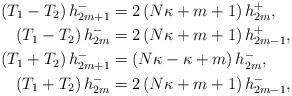
LaTeX: \begin{align*}\left( T_{1}-T_{2}\right) h_{2m+1}^{-} & =2\left( N\kappa+m+1\right)h_{2m}^{+},\\\left( T_{1}-T_{2}\right) h_{2m}^{-} & =2\left( N\kappa+m+1\right)h_{2m-1}^{+},\\\left( T_{1}+T_{2}\right) h_{2m+1}^{-} & =\left( N\kappa-\kappa+m\right)h_{2m}^{-},\\\left( T_{1}+T_{2}\right) h_{2m}^{-} & =2\left( N\kappa+m+1\right)h_{2m-1}^{-},\end{align*}